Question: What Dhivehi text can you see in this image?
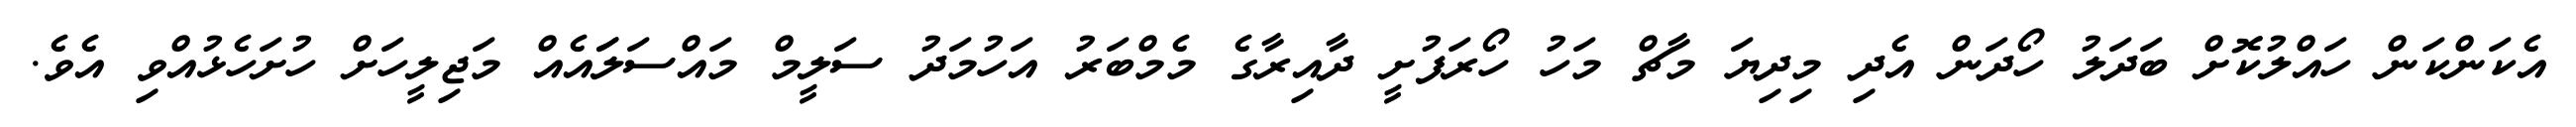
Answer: އެކަންކަން ހައްލުކޮށް ބަދަލު ހޯދަން އެދި މިދިޔަ މާޗް މަހު ހޯރަފުށީ ދާއިރާގެ މެމްބަރު އަހުމަދު ސަލީމް މައްސަލަައެއް މަޖިލީހަށް ހުށަހެޅުއްވި އެވެ.